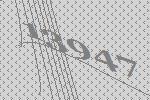
13947